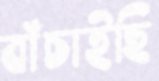
বাঁচাইছি